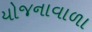
યોજનાવાળા